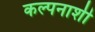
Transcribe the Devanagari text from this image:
कल्पनाशी